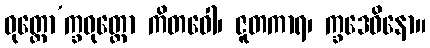
ဓုတ္တော’က္ခဓုတ္တော ကိတဝေါ၊ ဇူတကာရ၊ က္ခဒေဝိနော။